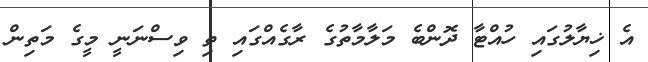
އެ ޚިޔާލުގައި ހުއްޓާ ދޮންބެ މަލާމާތުގެ ރާގެއްގައި ތި ވިސްނަނީ މީގެ މަތިން